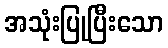
အသုံးပြုပြီးသော